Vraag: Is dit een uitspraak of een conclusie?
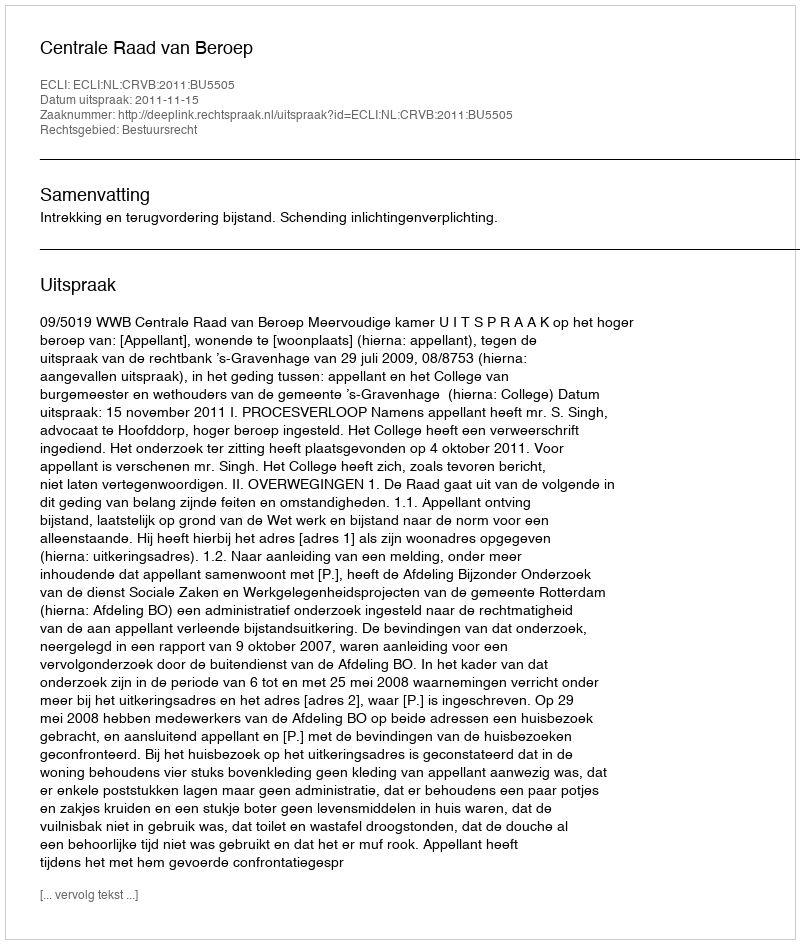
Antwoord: Uitspraak